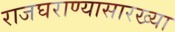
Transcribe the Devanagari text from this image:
राजघराण्यासारख्या